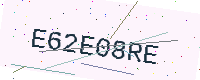
Text: E62E08RE